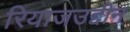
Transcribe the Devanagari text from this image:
रियाजउद्दीन